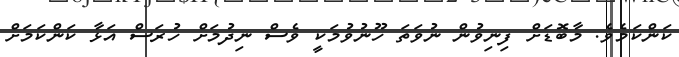
ކަންކަމެވެ. މާބޮޑަށް ފިނިވުން ނުވަތަ ހޫނުވުމަކީ ވެސް ނިދުމަށް ހުރަސް އަޅާ ކަންކަމަށް